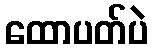
ထောပတ်ပဲ